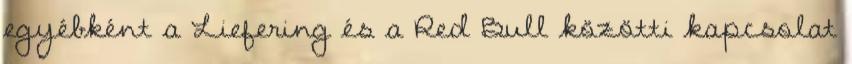
egyébként a Liefering és a Red Bull közötti kapcsolat